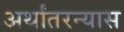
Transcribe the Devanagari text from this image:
अर्थांतरन्यास